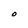
Character: O